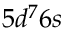
5 d ^ { 7 } 6 s